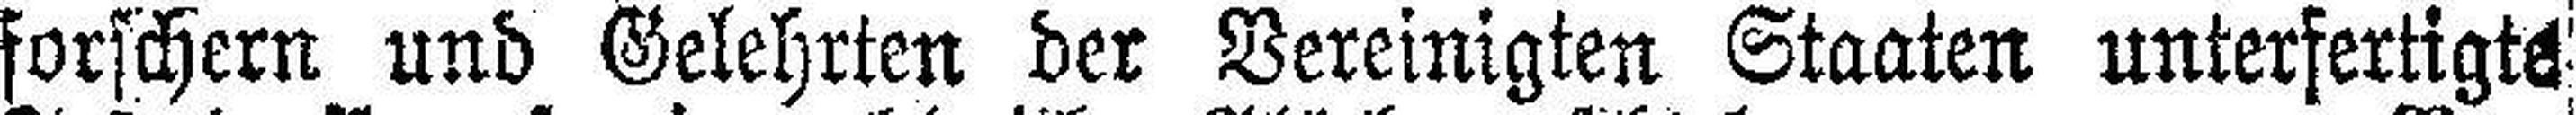
forschern und Gelehrten der Vereinigten Staaten unterfertigte